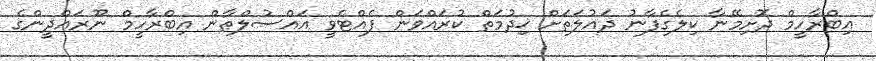
އިބްރާހީމް ދޮށިމޭނާ ކިލެގެފާނު ދައުލަތަށް ޚިދުމަތް ކުރައްވަން ފެއްޓެވީ އައްސުލްޠާން އިބްރާހީމް ނޫރައްދީންގެ